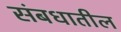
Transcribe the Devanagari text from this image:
संबधातील